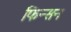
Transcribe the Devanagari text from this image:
फिन्सन